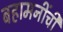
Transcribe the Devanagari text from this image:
बहामनींची